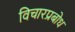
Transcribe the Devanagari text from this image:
विचारप्रबोध